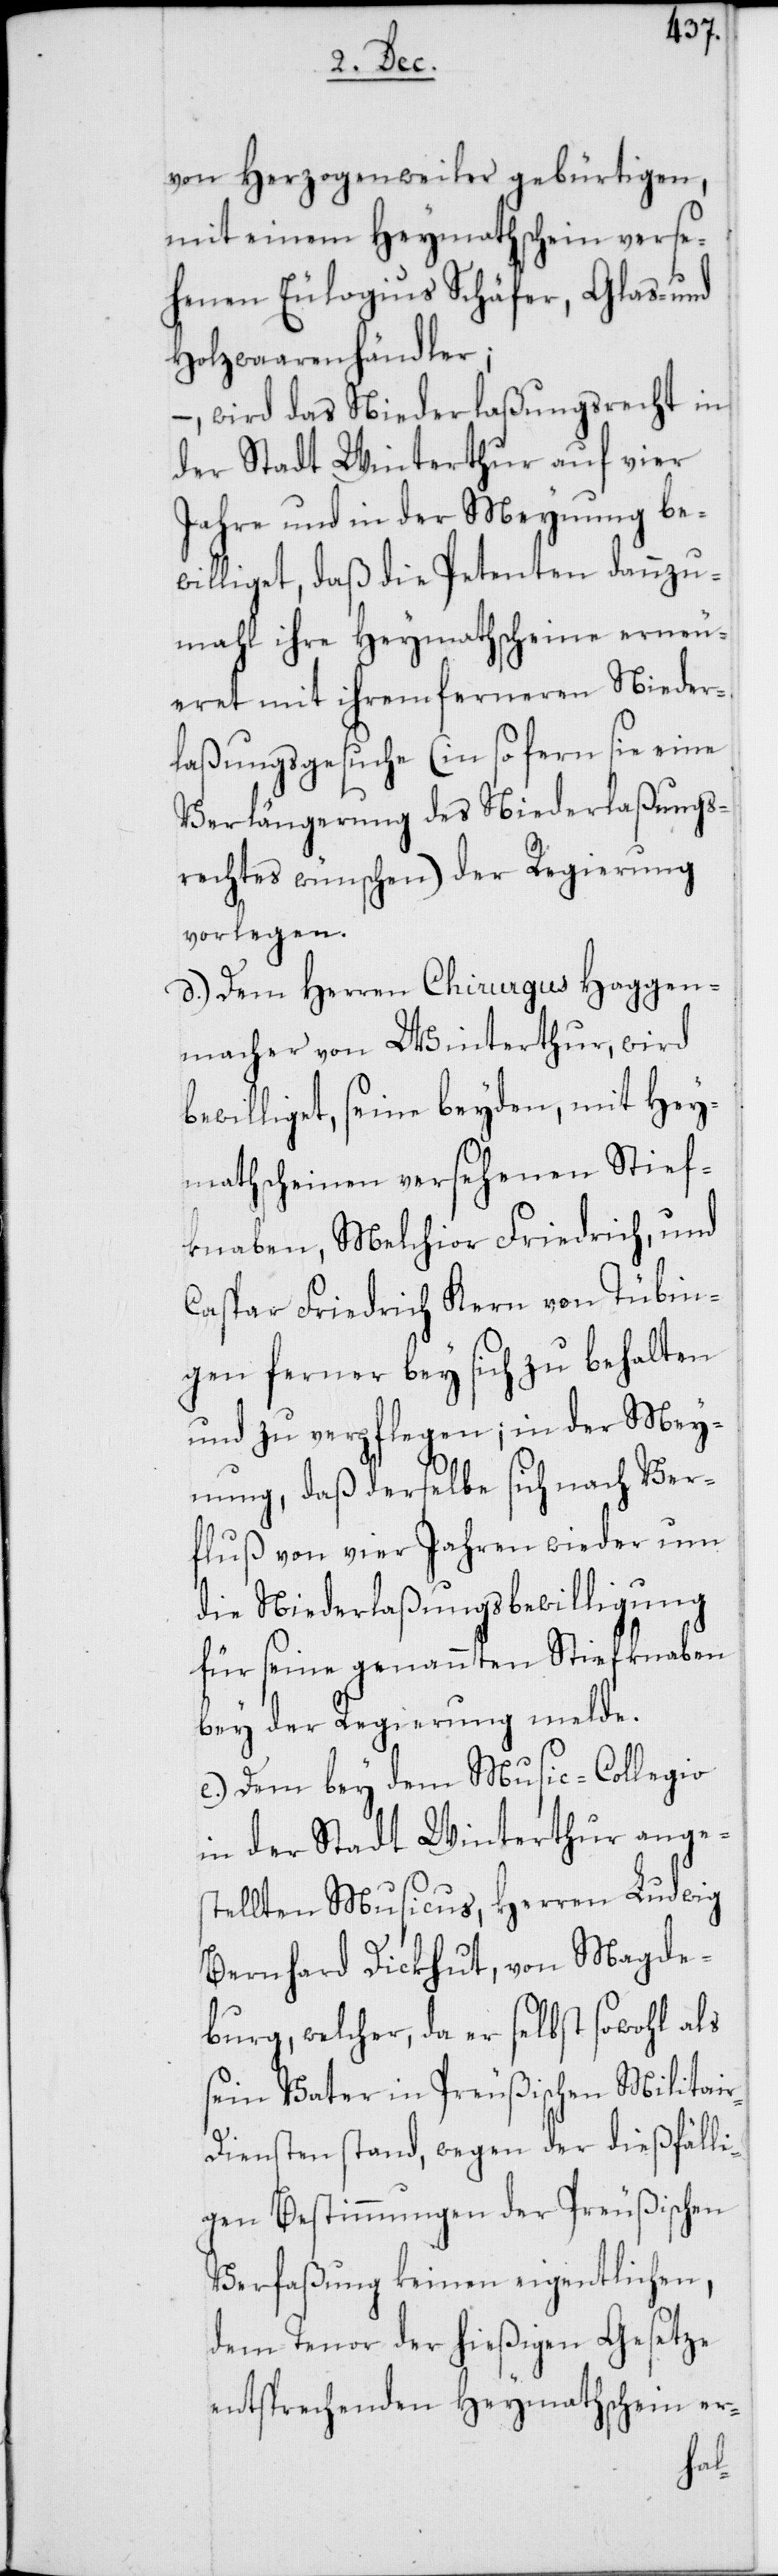
von Magde¬
von Herzogenweiler gebürtigen,
mit einem Heymathschein verse¬
henen Eulogius Schäfer, Glas- und
Holzwaarenhändler;
– wird das Niederlaßungsrecht in
der Stadt Winterthur auf vier
Jahre und in der Meynung be¬
williget, daß die Petenten dannzu¬
mahl ihre Heymathscheine erneu¬
eret mit ihrem ferneren Nieder¬
laßungsgesuche (in so fern sie eine
Verlängerung des Niederlaßungs¬
rechtes wünschen) der Regierung
vorlegen.
d.) Dem Herren Chirurgus Haggen¬
macher von Winterthur, wird
bewilliget, seine beyden, mit Hey¬
mathscheinen versehenen Stief¬
knaben, Melchior Friedrich und
Caspar Friedrich Kern von Tübin¬
gen ferner bey sich zu behalten
und zu verpflegen; in der Mey¬
nung, daß derselbe sich nach Ver¬
fluß von vier Jahren wieder um
die Niederlaßungsbewilligung
für seine genannten Stiefknaben
bey der Regierung melde.
e.) Dem bey dem Music-Collegio
in der Stadt Winterthur anges¬
tellten Musicus, Herren Ludwig
burg, welcher, da er selbst sowohl als
sein Vater in Preußischen Militai¬
r-Diensten stand, wegen der dießfälli¬
gen Bestimmungen der Preußischen
Verfaßung keinen eigentlichen,
dem Tenor der hießigen Gesetze
entsprechenden Heymathschein er-